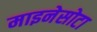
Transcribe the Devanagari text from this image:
माइनेसोटा